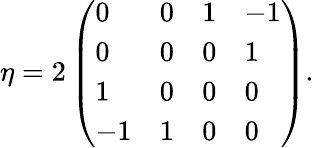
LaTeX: \eta=2\left(\begin{array}{llll}{{0}}&{{0}}&{{1}}&{{-1}}\\ {{0}}&{{0}}&{{0}}&{{1}}\\ {{1}}&{{0}}&{{0}}&{{0}}\\ {{-1}}&{{1}}&{{0}}&{{0}}\end{array}\right).